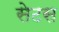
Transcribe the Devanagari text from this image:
सेटस